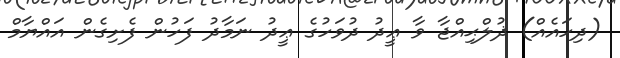
(ދިހައެއް) ޛުލްޙިއްޖާ ވާ ޢީދު ދުވަހުގެ ޢީދު ނަމާދު ފަހުން ފެށިގެން އައްޔާމް